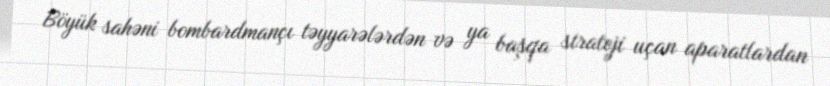
Böyük sahəni bombardmançı təyyarələrdən və ya başqa strateji uçan aparatlardan